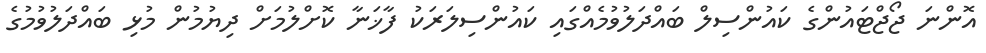
އޮންނަ ޖޯޖްޓައުންގެ ކައުންސިލް ބައްދަލުވުމެއްގައި ކައުންސިލަރަކު ފާޚަނާ ކޮށްލުމަށް ދިޔުމުން މުޅި ބައްދަލުވުމުގެ